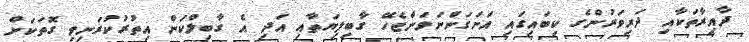
ދާއިރާތަކާއި ދަރިވަރުންގެ ކިބައިގައި އަށަގަންނަވަންޖެހޭ ގާބިލިޔަތާއި އަދި އެ ގާބިލްކަން އިތުރުކުރަނިވި ގޮތަކަށް